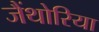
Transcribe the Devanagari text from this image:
जैंथोरिया